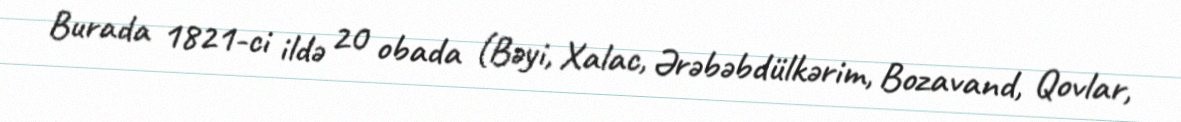
Burada 1821-ci ildə 20 obada (Bəyi, Xalac, Ərəbəbdülkərim, Bozavand, Qovlar,